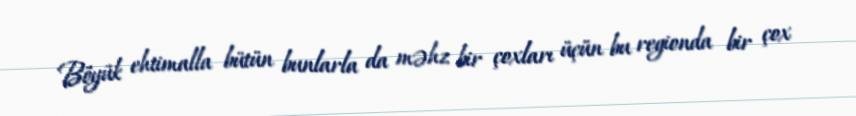
Böyük ehtimalla bütün bunlarla da məhz bir çoxları üçün bu regionda bir çox